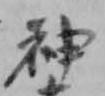
神